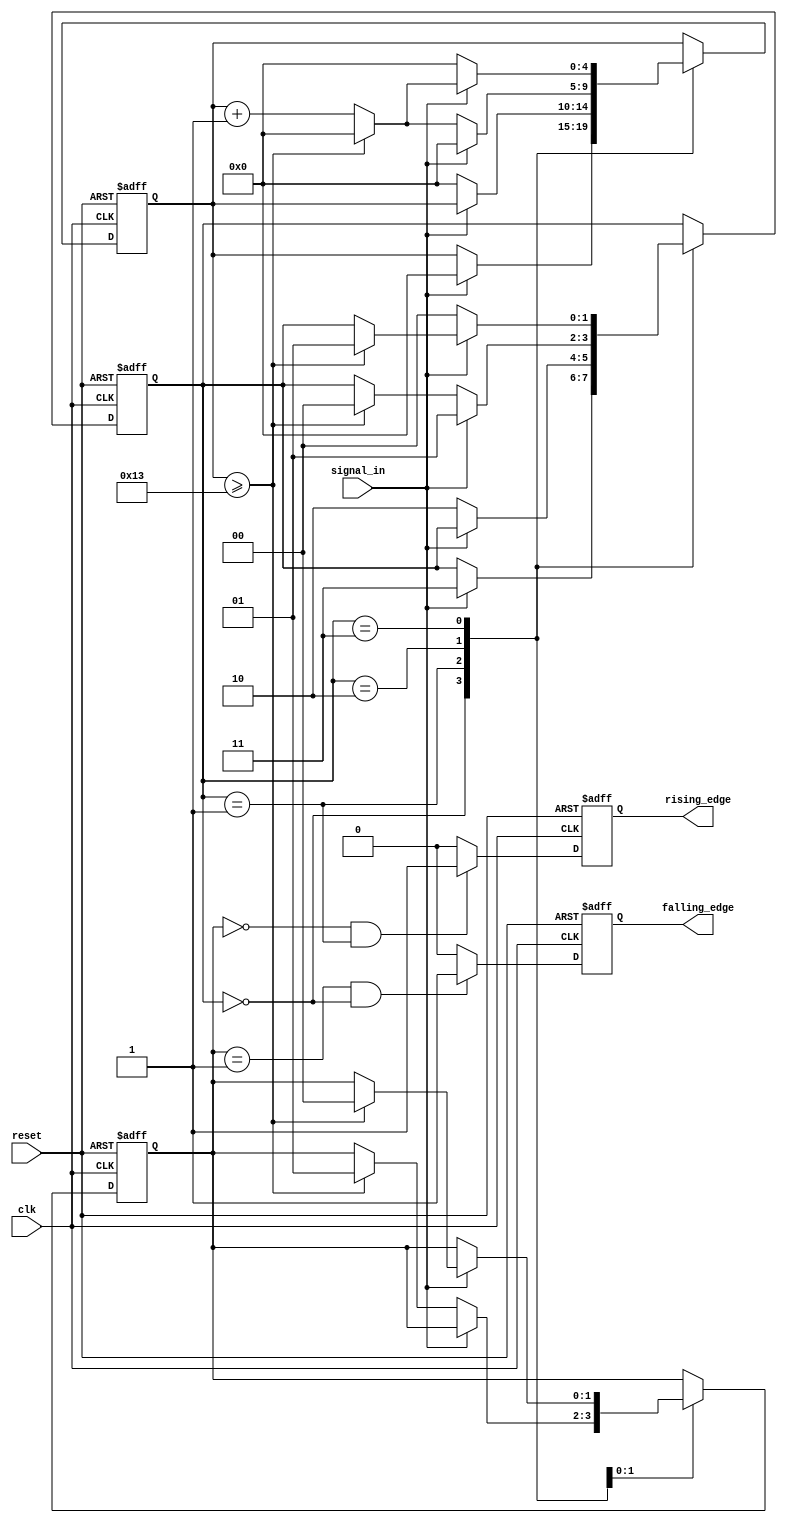
module debounced_edge_detector (
    input wire clk,                // Clock signal
    input wire reset,              // Asynchronous reset
    input wire signal_in,          // Noisy input signal
    output reg rising_edge,        // Rising edge output signal
    output reg falling_edge        // Falling edge output signal
);

    // Parameter for debounce time (number of clock cycles)
    parameter DEBOUNCE_TIME = 20;  // Adjust this value as needed

    // State registers
    reg [1:0] state;               // State of the input signal
    reg [1:0] prev_state;          // Previous stable state
    reg [4:0] debounce_counter;    // Counter for debounce timing

    // State encoding
    localparam STABLE_LOW = 2'b00;
    localparam STABLE_HIGH = 2'b01;
    localparam DEBOUNCE_LOW = 2'b10;
    localparam DEBOUNCE_HIGH = 2'b11;

    // Edge detection logic
    always @(posedge clk or posedge reset) begin
        if (reset) begin
            // Asynchronous reset
            state <= STABLE_LOW;
            prev_state <= STABLE_LOW;
            debounce_counter <= 0;
            rising_edge <= 0;
            falling_edge <= 0;
        end else begin
            // Debounce logic
            case (state)
                STABLE_LOW: begin
                    if (signal_in) begin
                        debounce_counter <= 0;
                        state <= DEBOUNCE_HIGH;
                    end
                end
                
                STABLE_HIGH: begin
                    if (!signal_in) begin
                        debounce_counter <= 0;
                        state <= DEBOUNCE_LOW;
                    end
                end
                
                DEBOUNCE_LOW: begin
                    if (!signal_in) begin
                        debounce_counter <= debounce_counter + 1;
                        if (debounce_counter >= DEBOUNCE_TIME - 1) begin
                            state <= STABLE_LOW;
                            prev_state <= STABLE_HIGH;
                            debounce_counter <= 0;
                        end
                    end else begin
                        state <= STABLE_HIGH;
                        debounce_counter <= 0;
                    end
                end
                
                DEBOUNCE_HIGH: begin
                    if (signal_in) begin
                        debounce_counter <= debounce_counter + 1;
                        if (debounce_counter >= DEBOUNCE_TIME - 1) begin
                            state <= STABLE_HIGH;
                            prev_state <= STABLE_LOW;
                            debounce_counter <= 0;
                        end
                    end else begin
                        state <= STABLE_LOW;
                        debounce_counter <= 0;
                    end
                end
            endcase
            
            // Edge detection
            rising_edge <= (prev_state == STABLE_LOW && state == STABLE_HIGH) ? 1 : 0;
            falling_edge <= (prev_state == STABLE_HIGH && state == STABLE_LOW) ? 1 : 0;
        end
    end

endmodule